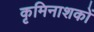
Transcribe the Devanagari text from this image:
कृमिनाशकों